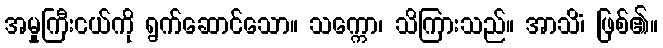
အမှုကြီးငယ်ကို ရွက်ဆောင်သော။ သက္ကော၊ သိကြားသည်။ အာသိံ၊ ဖြစ်၏။